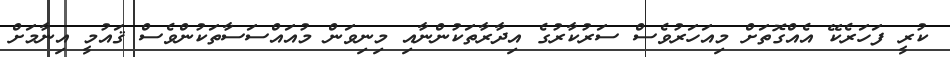
ކުރީ ފަހަރެކޭ އެއްގޮތަށް މިއަހަރުވެސް ސަރުކާރުގެ އިދާރާތަކުންނާއި މިނިވަން މުއައްސަސާތަކުންވެސް ޤައުމީ އިނާމަށް